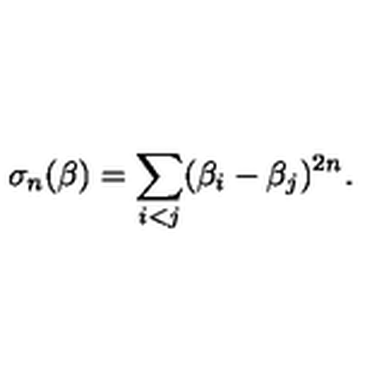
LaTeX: \sigma _ { n } ( \beta ) = \sum _ { i < j } ( \beta _ { i } - \beta _ { j } ) ^ { 2 n } .